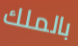
بالملك